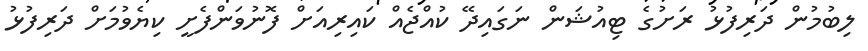
ލިބުމުން ދަރިފުޅު ރަށުގެ ޓިއުޝަން ނަގައިދޭ ކުއްޖެއް ކައިރިއަށް ފޮނުވަންފެށީ ކިޔެވުމަށް ދަރިފުޅު